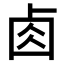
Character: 𠧪